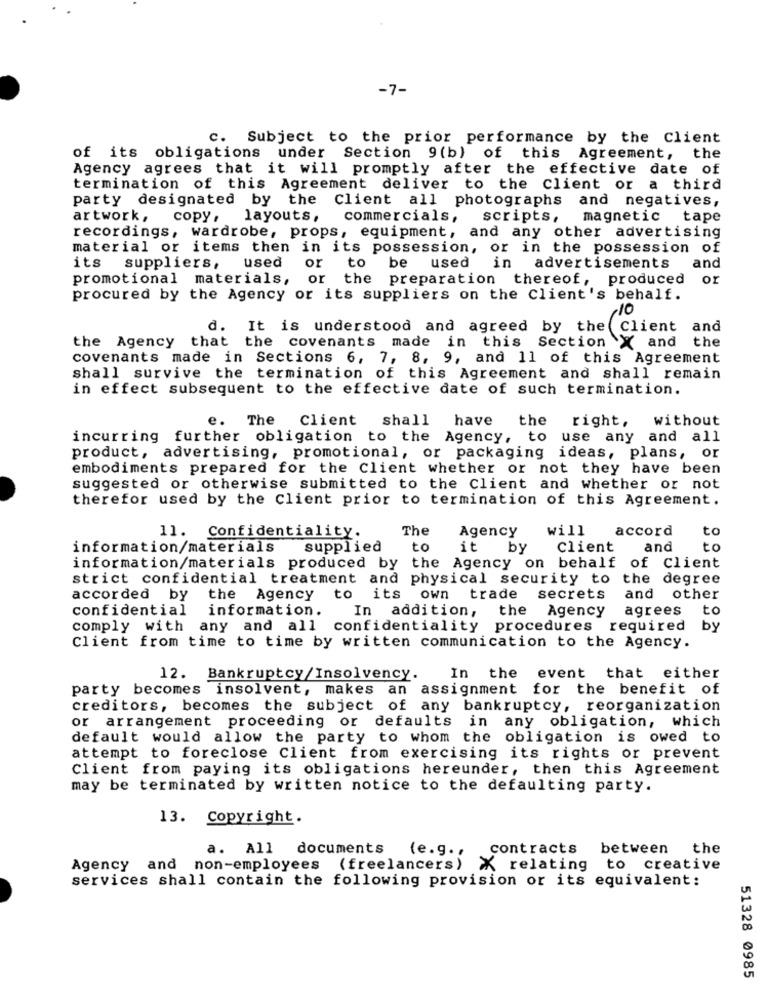
-7-
c. Subject to the prior performance by the Client
of its obligations under Section 9(b) of this Agreement, the
Agency agrees that it will promptly after the effective date of
termination of this Agreement deliver to the Client or a third
party designated by the Client all photographs and negatives,
artwork,
copy, layouts,
commercials,
scripts, magnetic
tape
recordings, wardrobe, props, equipment, and any other advertising
material or items then in its possession, or in the possession of
its
used
to
be
used
and
suppliers.
or
in
advertisements
promotional materials, or the preparation thereof, produced or
procured by the Agency or its suppliers on the Client's behalf.
,10
d. It is understood and agreed by the Client
and
the Agency that the covenants made in this Section X and
the
covenants made in Sections 6, 7, 8, 9, and 11 of this Agreement
shall survive the termination of this Agreement and shall remain
in effect subsequent to the effective date of such termination.
e. The Client
shall
have
the right,
without
incurring further obligation to the Agency, to use any and all
product, advertising, promotional, or packaging ideas, plans, or
embodiments prepared for the Client whether or not they have been
suggested or otherwise submitted to the Client and whether or not
therefor used by the client prior to termination of this Agreement.
The
Agency
will
accord
to
11. Confidentiality.
information/materials
supplied
to
it
by
Client
and
to
information/materials produced by the Agency on behalf of client
strict confidential treatment and physical security to the degree
accorded by
the Agency to its own trade
secrets
and
other
confidential
information.
In addition,
the Agency
agrees
to
comply with any and all confidentiality procedures required
by
Client from time to time by written communication to the Agency.
12. Bankruptcy/Insolvency.
In the event that either
party becomes insolvent, makes an assignment for the benefit of
creditors, becomes the subject of any bankruptcy, reorganization
or arrangement proceeding or defaults in any obligation, which
default would allow the party to whom the obligation is owed to
attempt to foreclose Client from exercising its rights or prevent
Client from paying its obligations hereunder, then this Agreement
may be terminated by written notice to the defaulting party.
13. Copyright.
a. All documents
contracts
between
the
(e.g .,
Agency and non-employees (freelancers) & relating to creative
services shall contain the following provision or its equivalent:
51328 0985